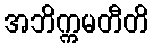
အဘိက္ကမတီတိ